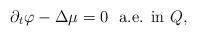
LaTeX: \begin{align*} \partial_t \varphi - \Delta \mu= 0 \ \ \textrm{a.e. in $Q$,}\end{align*}